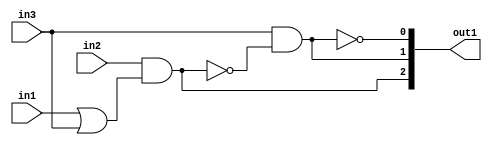
`timescale 1ps / 1ps
/*****************************************************************************
    Verilog RTL Description
    
    
    Created by: Stratus DpOpt 2019.1.01 
*******************************************************************************/

module SobelFilter_gen_busy_r_1 (
	in1,
	in2,
	in3,
	out1
	); /* architecture "behavioural" */ 
input  in1,
	in2,
	in3;
output [2:0] out1;
wire  asc004,
	asc005,
	asc007,
	asc009;
wire [2:0] asc010;

assign asc005 = 
	(in1)
	|(in3);

assign asc004 = 
	(in2)
	&(asc005);

assign asc007 = 
	(in3)
	&((~asc004));

assign asc009 = 
	((~asc007));

assign asc010 = {asc004,asc007,asc009};

assign out1 = asc010;
endmodule

/* CADENCE  v7D2Tgs= : u9/ySgnWtBlWxVPRXgAZ4Og= ** DO NOT EDIT THIS LINE ******/